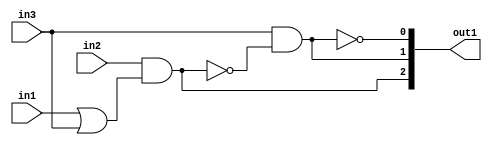
`timescale 1ps / 1ps
/*****************************************************************************
    Verilog RTL Description
    
    
    Created by: Stratus DpOpt 2019.1.01 
*******************************************************************************/

module SobelFilter_gen_busy_r_1 (
	in1,
	in2,
	in3,
	out1
	); /* architecture "behavioural" */ 
input  in1,
	in2,
	in3;
output [2:0] out1;
wire  asc004,
	asc005,
	asc007,
	asc009;
wire [2:0] asc010;

assign asc005 = 
	(in1)
	|(in3);

assign asc004 = 
	(in2)
	&(asc005);

assign asc007 = 
	(in3)
	&((~asc004));

assign asc009 = 
	((~asc007));

assign asc010 = {asc004,asc007,asc009};

assign out1 = asc010;
endmodule

/* CADENCE  v7D2Tgs= : u9/ySgnWtBlWxVPRXgAZ4Og= ** DO NOT EDIT THIS LINE ******/